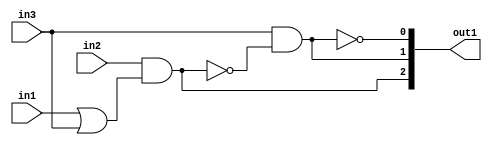
`timescale 1ps / 1ps
/*****************************************************************************
    Verilog RTL Description
    
    
    Created by: Stratus DpOpt 2019.1.01 
*******************************************************************************/

module SobelFilter_gen_busy_r_1 (
	in1,
	in2,
	in3,
	out1
	); /* architecture "behavioural" */ 
input  in1,
	in2,
	in3;
output [2:0] out1;
wire  asc004,
	asc005,
	asc007,
	asc009;
wire [2:0] asc010;

assign asc005 = 
	(in1)
	|(in3);

assign asc004 = 
	(in2)
	&(asc005);

assign asc007 = 
	(in3)
	&((~asc004));

assign asc009 = 
	((~asc007));

assign asc010 = {asc004,asc007,asc009};

assign out1 = asc010;
endmodule

/* CADENCE  v7D2Tgs= : u9/ySgnWtBlWxVPRXgAZ4Og= ** DO NOT EDIT THIS LINE ******/